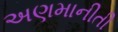
અણમાનીતી